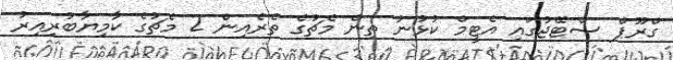
ގްރޫޕް ސްޓޭޖުގައި އެޓީމް ކުޅުނު ތިން މެޗުގެ ތެރެއިން 2 މެޗުގެ ކާމިޔާބުުރިއިރު